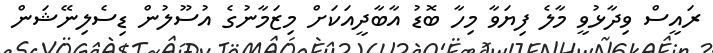
ރައީސް ވިދާޅުވީ މާލެ ފިޔަވާ މިހާ ބޮޑު އާބާދީއަކަށް މިޒަމާނުގެ އުސޫލުން ޑިސެލިނޭޝަން